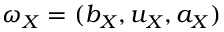
\omega _ { X } = ( b _ { X } , u _ { X } , a _ { X } ) \,